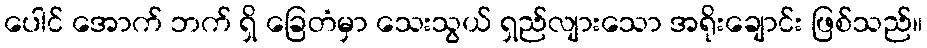
ပေါင် အောက် ဘက် ရှိ ခြေတံမှာ သေးသွယ် ရှည်လျားသော အရိုးချောင်း ဖြစ်သည်။